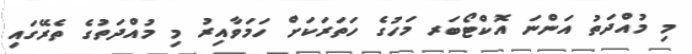
މި މުއްދަތު އަންނަ އޮކްޓޯބަރ މަހުގެ ހަތަރަކަށް ހަމަވާއިރު މި މުއްދަތުގެ ތެރޭގައި